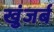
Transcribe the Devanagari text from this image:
खुंजर्ब